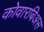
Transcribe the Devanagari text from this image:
कोवारबिअस